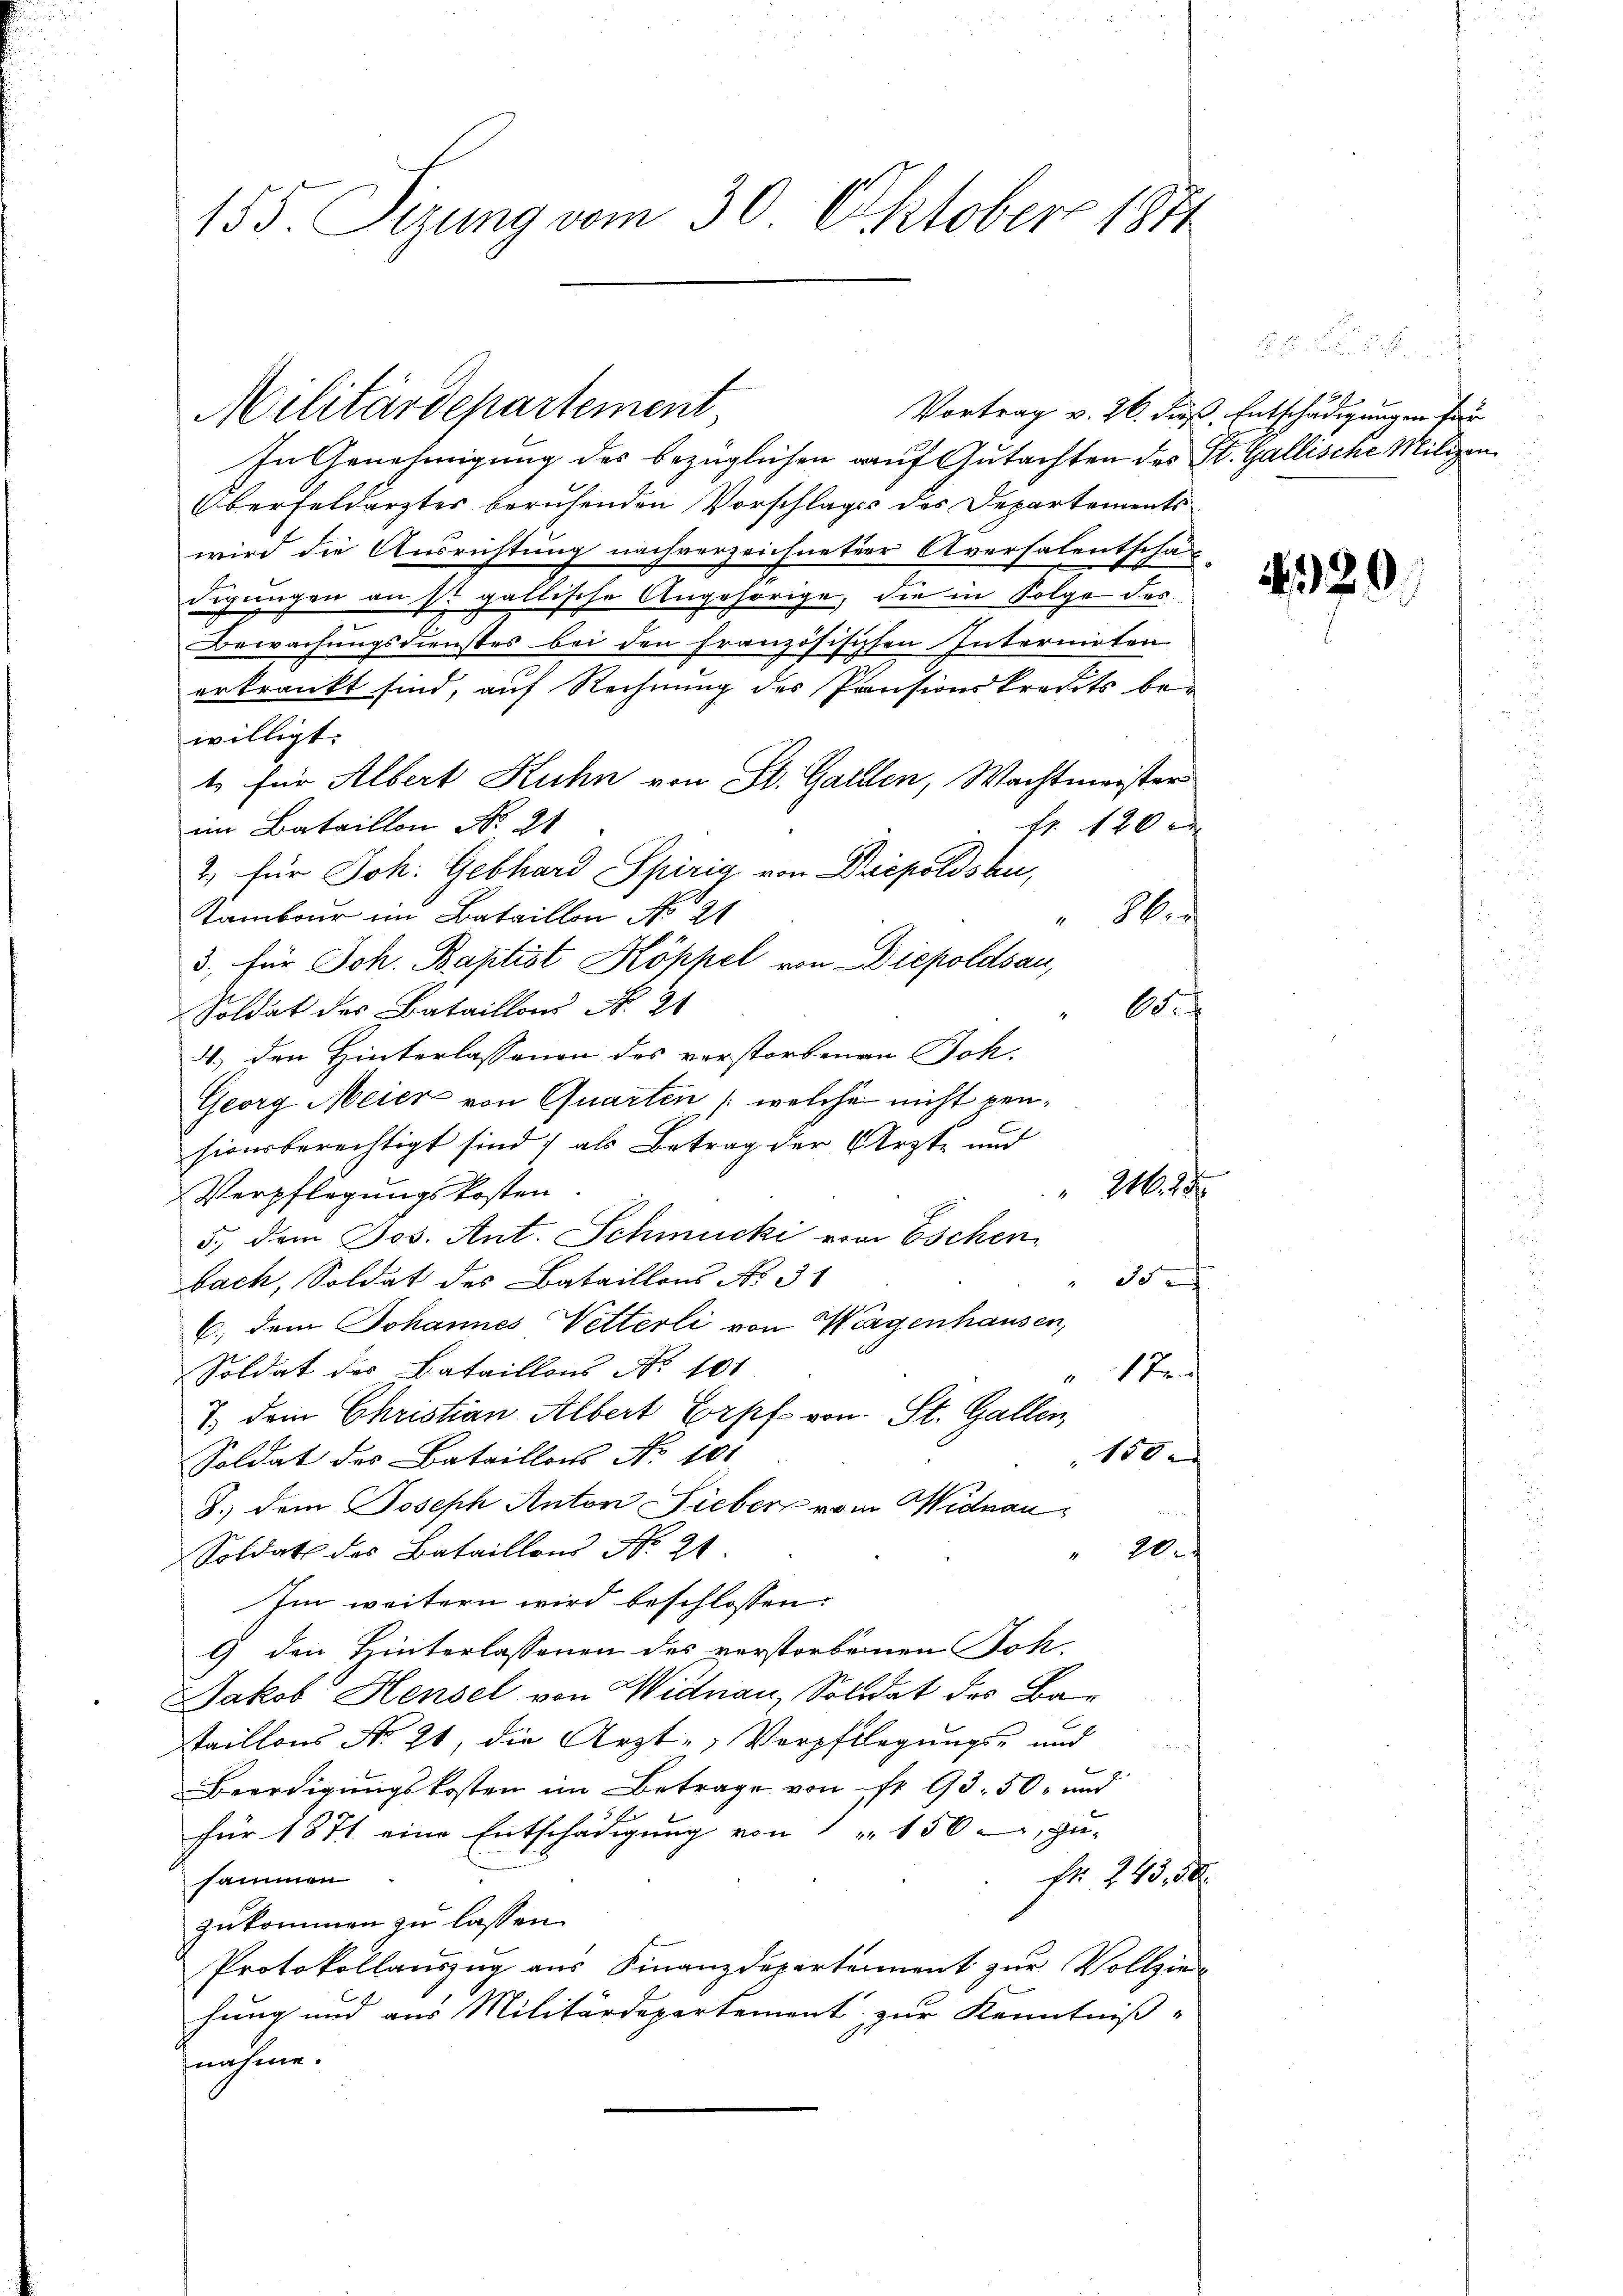
155. Sizung vom 30. Oktober 1841

In Genehmigung des bezüglichen auf Gutachten des St. Gallische Milizan¬
Oberfeldarztes beruhenden Vorschlags des Departements
wird die Ausrichtung nachverzeichneter Aversalentschä-
digungen an ist gallische Angehörige, die in Folge des
Bewachungsdienstes bei den französischen Internirten
erkrankt sind, auf Rechnung des Pensionskredits bewilligt.
t für Albert Kuhn von St. Gallen, Wachtmeister
f 120 x
an Bataillon No 21
2. für Joh. Gebhard Spirig von Driepoldsten,
Tambour ein Bataillon No 21
86.
3. für Joh. Baptist Koppel von Diepoldsau,
A
Soldat des Bataillons No. 21
4) den Hinterlassenen des vorstorbenen Joh.
Georg Meiers von Quarten (welche nicht pensionsberechtigt sind; als Betrag der Ärzte und
246. 28
Verpflegungskosten
5., dem Jos. Ant. Schmucki von Eschen
bach, Soldat des Bataillons No 31
35
C. dem Johannes Vetterli von Wegenhausen,
Soldat der Bataillons No 101
17
7. dem Christian Albert Erpf von St. Gallen,
150
Soldat des Bataillons No 101
S.) dem Joseph Anton Lieber vom Widnau
" 20
Soldat des Bataillons No 21
Im weitern wird beschlossen:
9 den Hinterlassenen des verstorbenen Joh.
Jakob Hensel von Widnau, Solidat des Bataillons No. 91, die Ärzte Verpflegungs- und
Beerdigungskosten im Betrage von fr. 93. 50 und
für 1871 eine Entschädigung von " " 150, zu-
Fr. 243, 30.
sammen
zukommen zu lassen.
Protokollauszug aus Finanzdepartement zur Vollzie-
hung und aus Militärdepartement zur Kenntniß-
nahme.

Militärdepartement,

2
Vortrag v. 26. dieß, Entschädigungen für

29